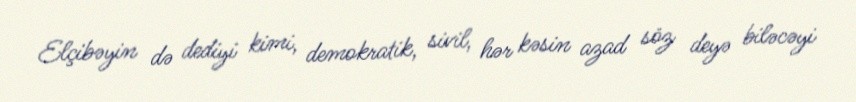
Elçibəyin də dediyi kimi, demokratik, sivil, hər kəsin azad söz deyə biləcəyi